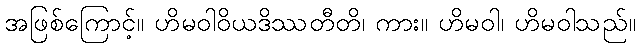
အဖြစ်ကြောင့်။ ဟိမဝါဝိယဒိဿတီတိ၊ ကား။ ဟိမဝါ၊ ဟိမဝါသည်။